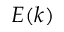
E ( k )